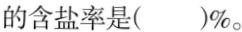
的含盐率是()%。